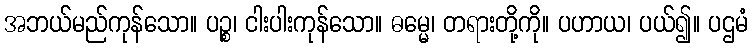
အဘယ်မည်ကုန်သော။ ပဉ္စ၊ ငါးပါးကုန်သော။ ဓမ္မေ၊ တရားတို့ကို။ ပဟာယ၊ ပယ်၍။ ပဌမံ